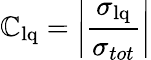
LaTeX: \mathbb{C}_{\mathrm{{lq}}}=\bigg|\frac{{\sigma_{\mathrm{{lq}}}}}{{\sigma_{tot}}}\bigg|